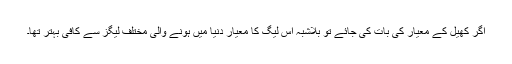
اگر کھیل کے معیار کی بات کی جائے تو بلاشبہ اس لیگ کا معیار دنیا میں ہونے والی مختلف لیگز سے کافی بہتر تھا۔